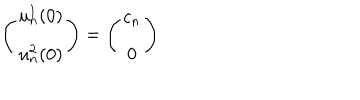
LaTeX: \left( \begin{array} { c } { { u _ { n } ^ { 1 } ( 0 ) } } \\ { { u _ { n } ^ { 2 } ( 0 ) } } \\ \end{array} \right) = \left( \begin{array} { c } { { c _ { n } } } \\ { { 0 } } \\ \end{array} \right)